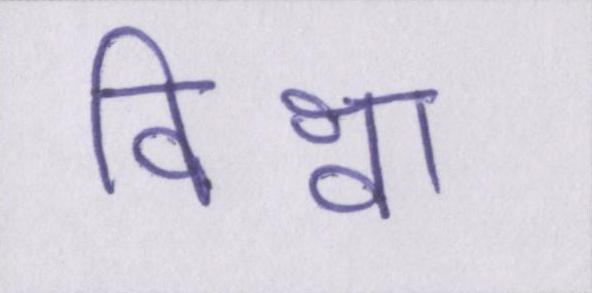
विश्वा